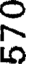
న్